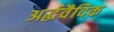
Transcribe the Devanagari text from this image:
अर्द्धवैदिक